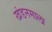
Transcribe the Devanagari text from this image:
खंडनमाला